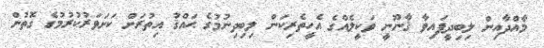
މާއްދާއިން ލިބިދީފައިވާ ޤާނޫނީ ވަކީލެއްގެ އެހީތެރިކަން ލިބިދިނުމުގެ ޙައްޤު އިތުރަށް ކަށަވަރުކުރުމުގެ ގޮތުން